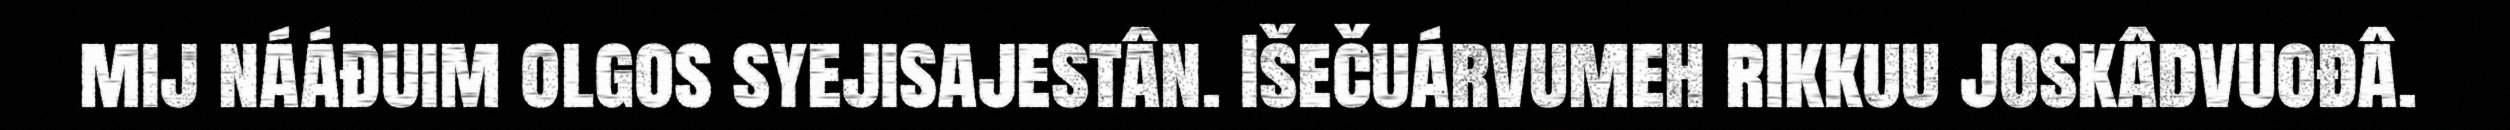
mij nááđuim olgos syejisajestân. Išečuárvumeh rikkuu joskâdvuođâ.